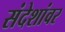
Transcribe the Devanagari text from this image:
संदेशांवर